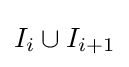
I_{i}\cup I_{i+1}